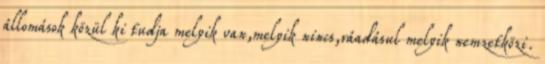
állomások közül ki tudja melyik van,melyik nincs,ráadásul melyik nemzetközi.